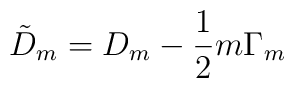
{\tilde D}_{m}= D_{m}-\frac{1}{2}m\Gamma_{m}